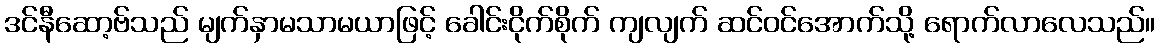
ဒင်နီဆော့ဗ်သည် မျက်နှာမသာမယာဖြင့် ခေါင်းငိုက်စိုက် ကျလျက် ဆင်ဝင်အောက်သို့ ရောက်လာလေသည်။